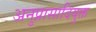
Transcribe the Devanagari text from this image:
अनुप्रासादियुक्त